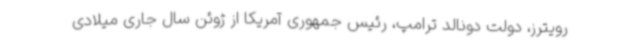
رویترز، دولت دونالد ترامپ، رئیس جمهوری آمریکا از ژوئن سال جاری میلادی